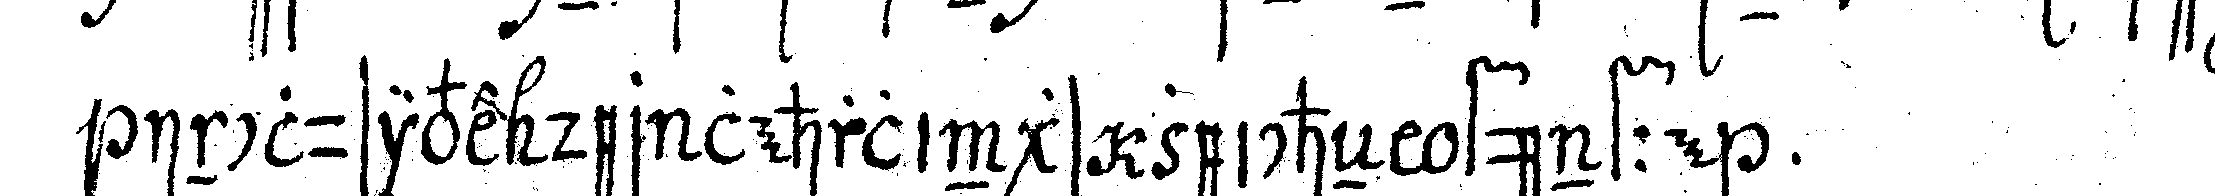
inclusive der lehrlings zeicheN fünffe .